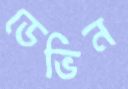
ডেভিন